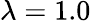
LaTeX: \lambda=1.0